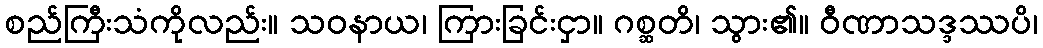
စည်ကြီးသံကိုလည်း။ သဝနာယ၊ ကြားခြင်းငှာ။ ဂစ္ဆတိ၊ သွား၏။ ဝီဏာသဒ္ဒဿပိ၊